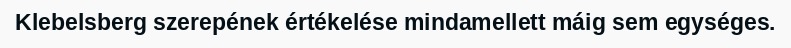
Klebelsberg szerepének értékelése mindamellett máig sem egységes.